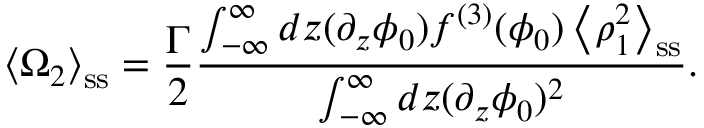
\left\langle \Omega _ { 2 } \right\rangle _ { \mathrm { s s } } = \frac { \Gamma } { 2 } \frac { \int _ { - \infty } ^ { \infty } d z ( \partial _ { z } \phi _ { 0 } ) f ^ { ( 3 ) } ( \phi _ { 0 } ) \left\langle \rho _ { 1 } ^ { 2 } \right\rangle _ { \mathrm { s s } } } { \int _ { - \infty } ^ { \infty } d z ( \partial _ { z } \phi _ { 0 } ) ^ { 2 } } .